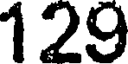
129